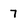
Character: 7